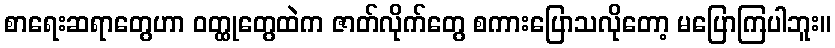
စာရေးဆရာတွေဟာ ဝတ္ထုတွေထဲက ဇာတ်လိုက်တွေ စကားပြောသလိုတော့ မပြောကြပါဘူး။